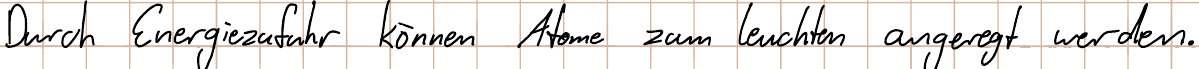
Durch Energiezufuhr können Atome zum leuchten angeregt werden.